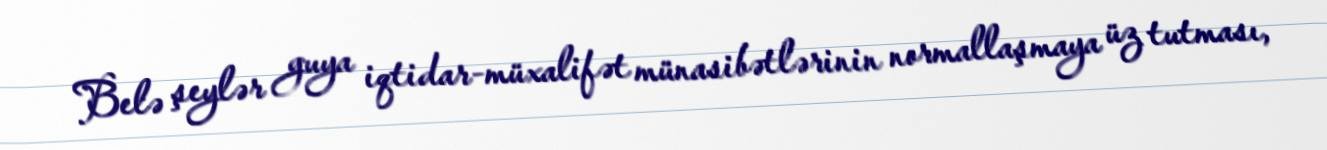
Belə şeylər guya iqtidar-müxalifət münasibətlərinin normallaşmaya üz tutması,